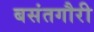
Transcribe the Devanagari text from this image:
बसंतगौरी